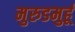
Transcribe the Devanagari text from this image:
मुरुडमुर्हू